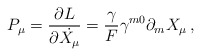
\begin{align*}P_\mu=\frac{\partial L}{\partial \dot{X_\mu}}=\frac{\gamma}{F}\gamma^{m0}\partial_m X_\mu\,, \end{align*}